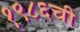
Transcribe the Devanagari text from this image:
१९८६ची